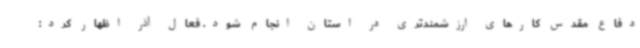
دفاع مقدس کارهای ارزشمندتری در استان انجام شود. فعال آذر اظهار کرد: